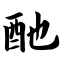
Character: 酏